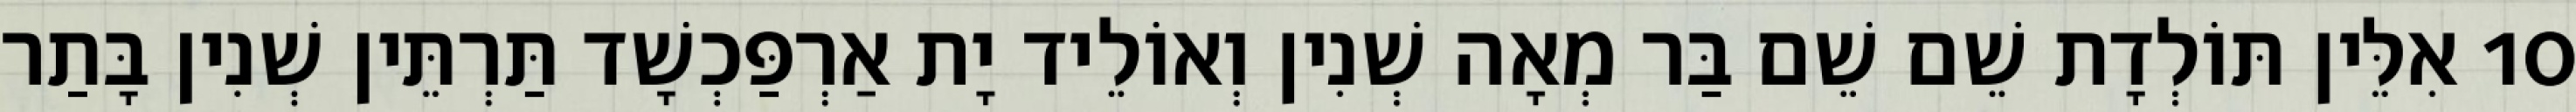
10 אִלֵּין תּוֹלְדָת שֵׁם שֵׁם בַּר מְאָה שְׁנִין וְאוֹלֵיד יָת אַרְפַּכְשָׁד תַּרְתֵּין שְׁנִין בָּתַר